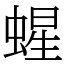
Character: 䗌